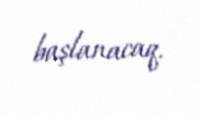
başlanacaq.